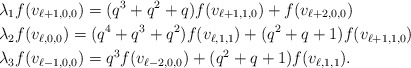
\begin{align*}&\lambda_1f(v_{\ell+1,0,0})=(q^3+q^2+q)f(v_{\ell+1,1,0})+f(v_{\ell+2,0,0})\\&\lambda_2f(v_{\ell,0,0})=(q^4+q^3+q^2)f(v_{\ell,1,1})+(q^2+q+1)f(v_{\ell+1,1,0})\\&\lambda_3f(v_{\ell-1,0,0})=q^3f(v_{\ell-2,0,0})+(q^2+q+1)f(v_{\ell,1,1}).\end{align*}